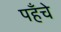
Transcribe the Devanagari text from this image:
पहँचे